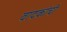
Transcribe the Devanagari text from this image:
वादकांची